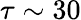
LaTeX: \tau\sim 30